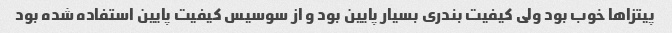
پیتزاها خوب بود ولی کیفیت بندری بسیار پایین بود و از سوسیس کیفیت پایین استفاده شده بود